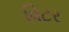
વિટર